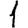
Digit: 1